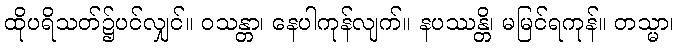
ထိုပရိသတ်၌ပင်လျှင်။ ဝသန္တာ၊ နေပါကုန်လျက်။ နပဿန္တိ၊ မမြင်ရကုန်။ တသ္မာ၊